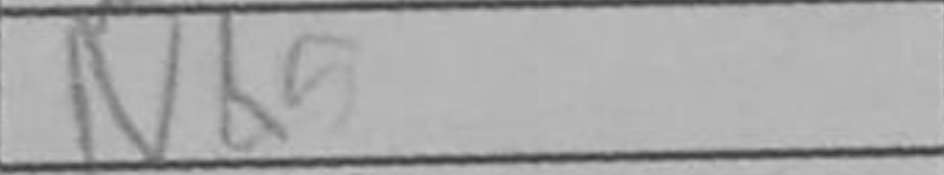
Transcription: Nb5